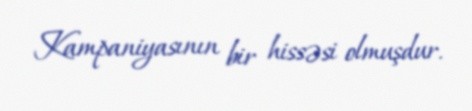
Kampaniyasının bir hissəsi olmuşdur.